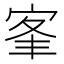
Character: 𡨛